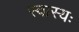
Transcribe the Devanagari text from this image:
स्वास्यः